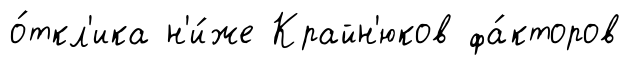
о́ткл'ика н'и́же Крайн'юков фа́кторов